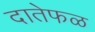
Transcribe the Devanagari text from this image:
दातेफळ